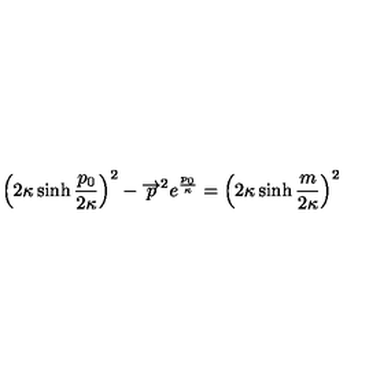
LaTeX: \left( 2 \kappa \sinh { \frac { p _ { 0 } } { 2 \kappa } } \right) ^ { 2 } - \overrightarrow { p } ^ { 2 } e ^ { { \frac { p _ { 0 } } { \kappa } } } = \left( 2 \kappa \sinh { \frac { m } { 2 \kappa } } \right) ^ { 2 }